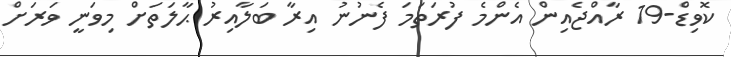
ކޮވިޑް-19 ރާއްޖެއިން އެންމެ ފުރަތަމަ ފެނުނު އިރާ ބަލާއިރު ޙާލަތަށް މިވަނީ ވަރަށް